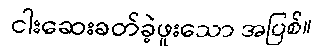
ငါးဆေးခတ်ခဲ့ဖူးသော အပြစ်။